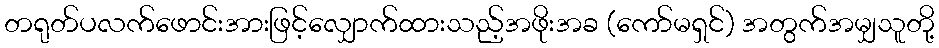
တရုတ်ပလက်ဖောင်းအားဖြင့်လျှောက်ထားသည့်အဖိုးအခ (ကော်မရှင်) အတွက်အမျှသူတို့